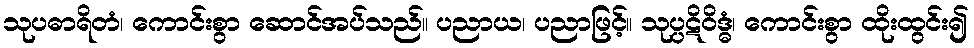
သုပဓာရိတံ၊ ကောင်းစွာ ဆောင်အပ်သည်။ ပညာယ၊ ပညာဖြင့်။ သုပ္ပဋိဝိဒ္ဓံ၊ ကောင်းစွာ ထိုးထွင်း၍